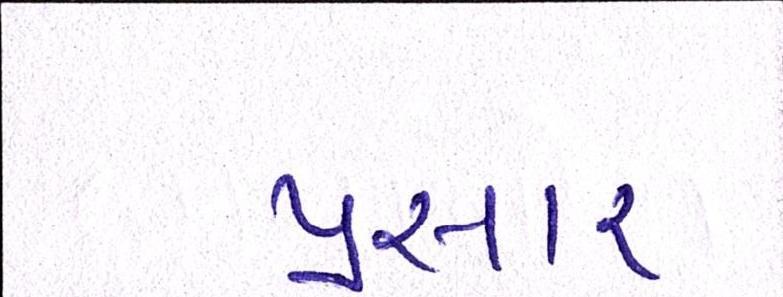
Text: પ્રસાર